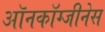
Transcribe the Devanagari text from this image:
ऑनकॉग्जीनेस